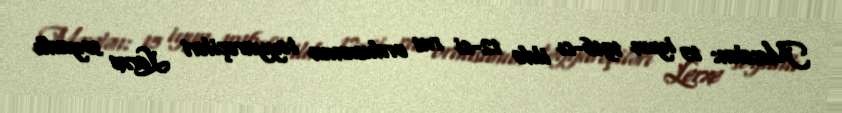
Məsələn: 15 iyun 1916-cı ildə 12-ci rus ordusunun təyyarəçiləri Lerxe soyadlı